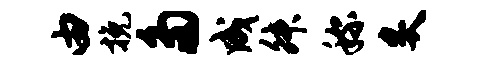
由挽多成舛称炙